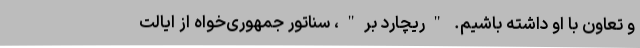
و تعاون با او داشته باشیم. "ریچارد بر"، سناتور جمهوری‌خواه از ایالت